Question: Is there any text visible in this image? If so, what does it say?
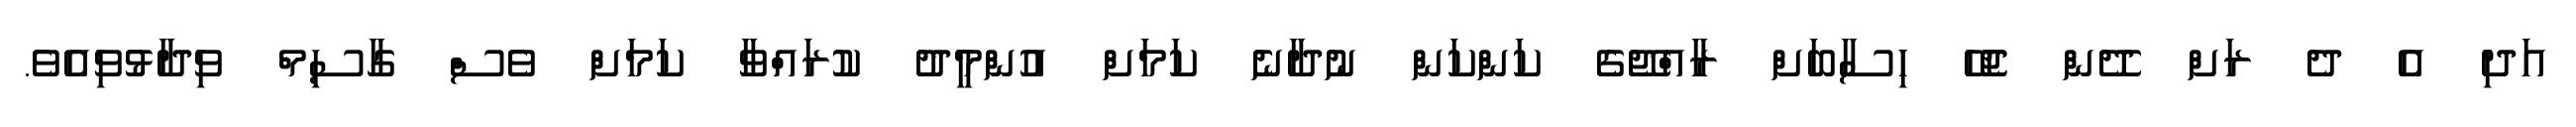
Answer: އަދި އެ ދެ ރަށް ދޭން ޖެހޭ ހިސާބަށް ރާއްޖޭގެ ކަންކަން ނުދާނެ ކަމަށް އުންމީދު ކުރައްވާ ކަމަށް ވެސް ގާސިމް ވިދާޅުވިއެވެ.